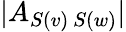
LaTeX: |A_{S(v)\ S(w)}|